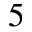
5